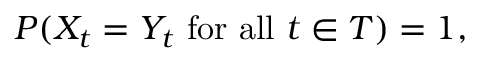
P ( X _ { t } = Y _ { t } { \mathrm { ~ f o r ~ a l l ~ } } t \in T ) = 1 ,